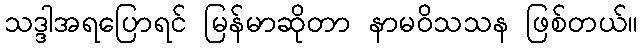
သဒ္ဒါအရပြောရင် မြန်မာဆိုတာ နာမဝိသသန ဖြစ်တယ်။